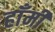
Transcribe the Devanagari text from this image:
हाँमी